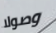
وصولا